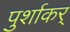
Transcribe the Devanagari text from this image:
पुर्शाकर्